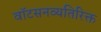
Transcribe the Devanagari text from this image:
वॉटसनव्यतिरिक्त